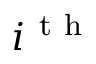
i ^ { \mathrm { ~ t ~ h ~ } }